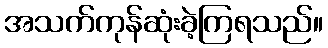
အသက်ကုန်ဆုံးခဲ့ကြရသည်။